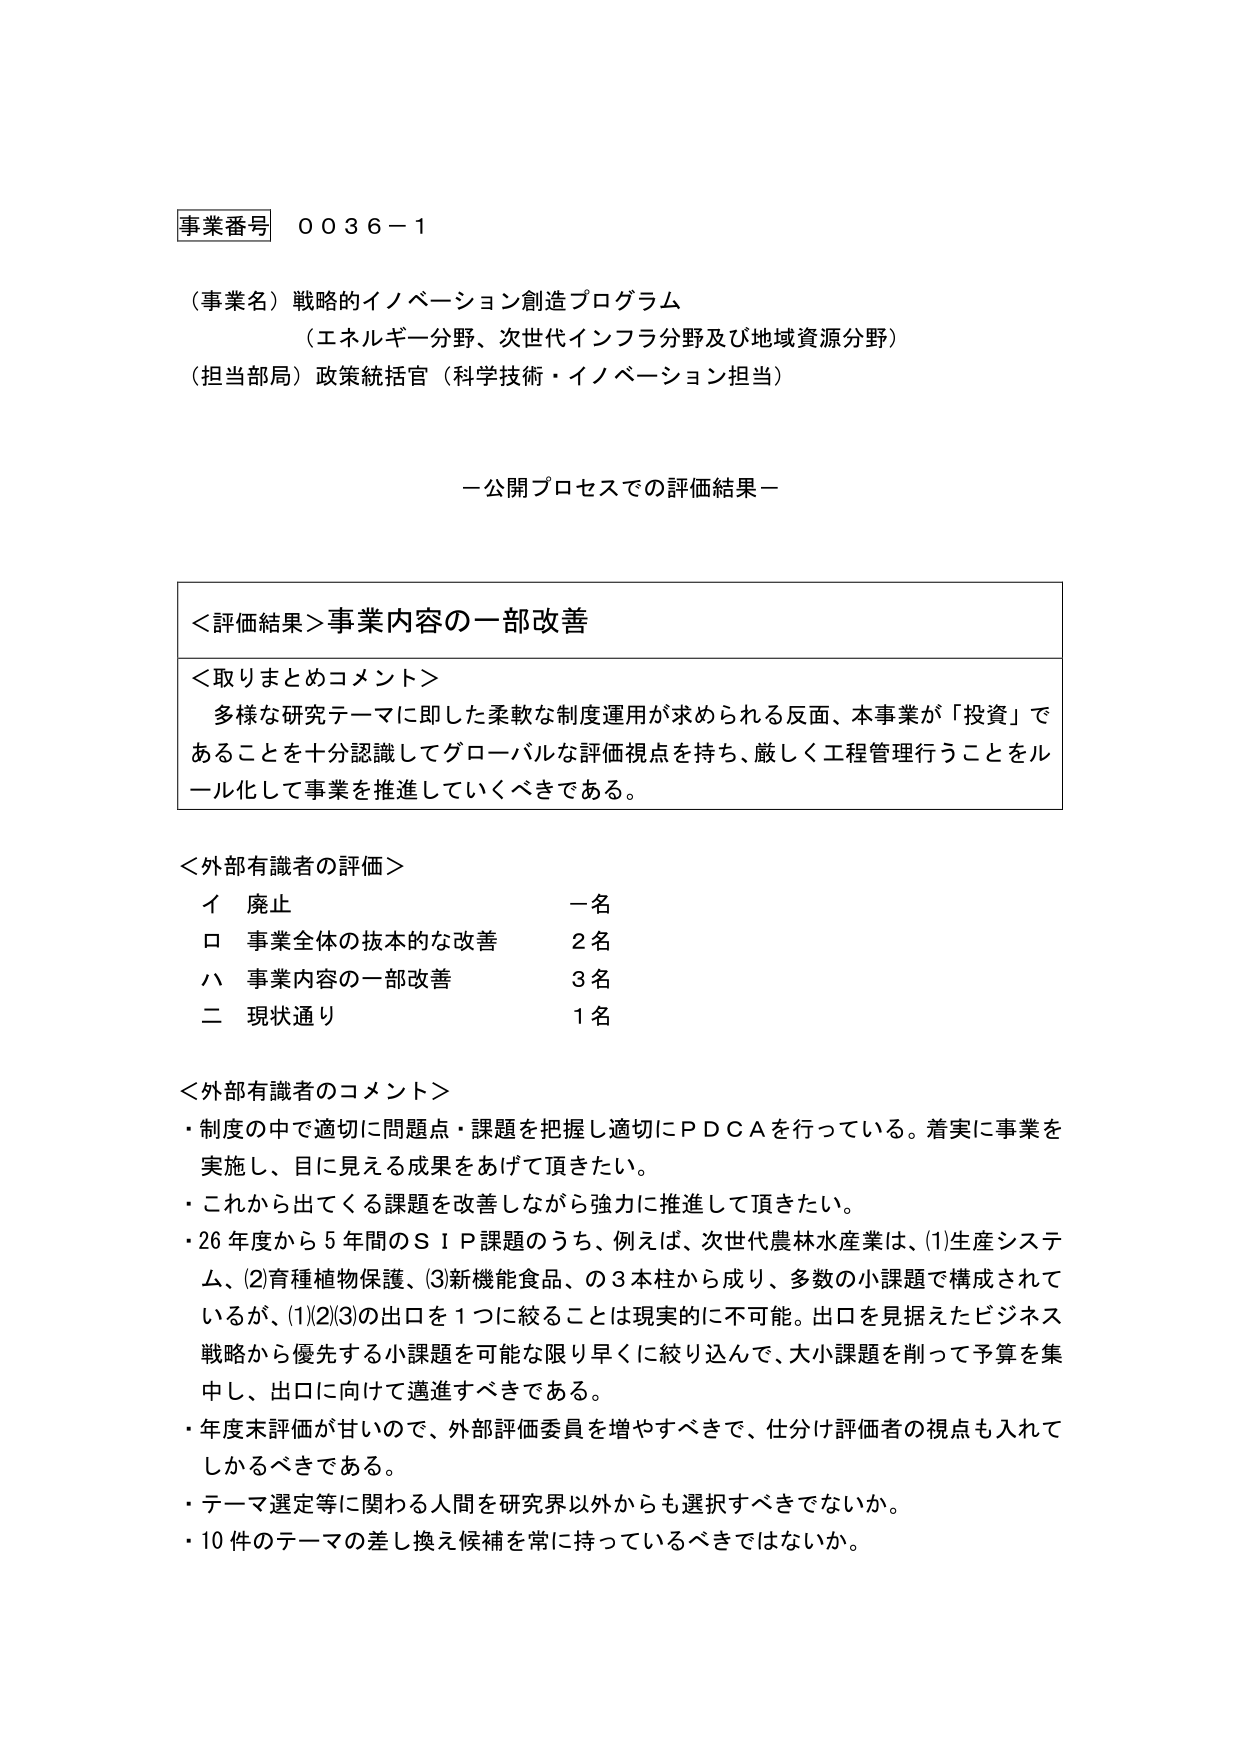
事業番号 ００３６－１

（事業名）戦略的イノベーション創造プログラム
（エネルギー分野、次世代インフラ分野及び地域資源分野）
（担当部局）政策統括官（科学技術・イノベーション担当）

－公開プロセスでの評価結果－

＜評価結果＞事業内容の一部改善

＜取りまとめコメント＞
多様な研究テーマに即した柔軟な制度運用が求められる反面、本事業が「投資」であることを十分認識してグローバルな評価視点を持ち、厳しく工程管理を行うことをルール化して事業を推進していくべきである。

＜外部有識者の評価＞
イ 廃止 一名
ロ 事業全体の抜本的な改善 2名
ハ 事業内容の一部改善 3名
二 現状通り 1名

＜外部有識者のコメント＞
・制度の中で適切に問題点・課題を把握し適切にＰＤＣＡを行っている。着実に事業を実施し、目に見える成果をあげて頂きたい。
・これから出てくる課題を改善しながら強力に推進して頂きたい。
・26年度から5年間のＳＩＰ課題のうち、例えば、次世代農林水産業は、(1)生産システム、(2)育種植物保護、(3)新機能食品、の3本柱から成り、多数の小課題で構成されているが、(1)(2)(3)の出口を1つに絞ることは現実的に不可能。出口を見据えたビジネス戦略から優先する小課題を可能な限り早くに絞り込んで、大小課題を削って予算を集中し、出口に向けて邁進すべきである。
・年度末評価が甘いので、外部評価委員を増やすべきで、仕分け評価者の視点も入れてしかるべきである。
・テーマ選定等に関わる人間を研究界以外からも選択すべきではないか。
・10件のテーマの差し換え候補を常に持っているべきではないか。